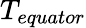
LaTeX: T_{equator}